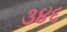
૩૪૬